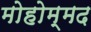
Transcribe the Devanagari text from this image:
मोहोम्मद